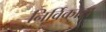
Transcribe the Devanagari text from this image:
निर्विकारा